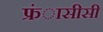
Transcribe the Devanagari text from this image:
फ्रंासीसी